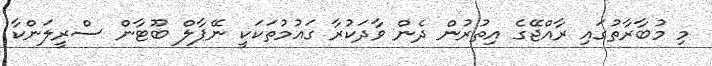
މި މުބާރާތުގައި ރާއްޖޭގެ އިތުރުން ދެން ވާދަކުރާ ގައުމުތަކަކީ ނޭޕާލް ބޫޓާން ސްރީލަންކާ